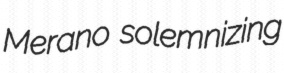
Merano solemnizing